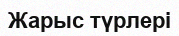
Жарыс түрлері